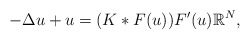
\begin{align*}-\Delta u+u=(K\ast F(u))F'(u)\mathbb{R}^N,\end{align*}